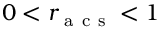
0 < r _ { \mathrm { ~ a ~ c ~ s ~ } } < 1